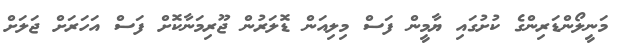
މަނީލޯންޑަރިންގެ ކުށުގައި ޔާމީން ފަސް މިލިއަން ޑޮލަރުން ޖޫރިމަނާކޮށް ފަސް އަހަރަށް ޖަލަށް